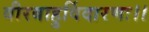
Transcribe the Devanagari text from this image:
वीरबाहुर्विदारणः।।